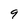
Character: 9